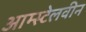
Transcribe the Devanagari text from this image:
आम्स्टेलवीन